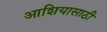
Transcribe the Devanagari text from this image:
आशियासाठी